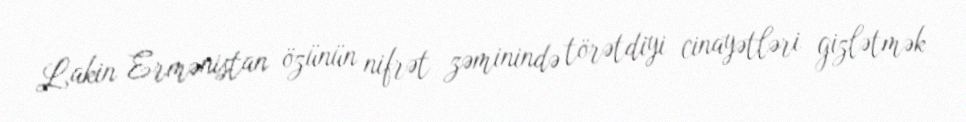
Lakin Ermənistan özünün nifrət zəminində törətdiyi cinayətləri gizlətmək